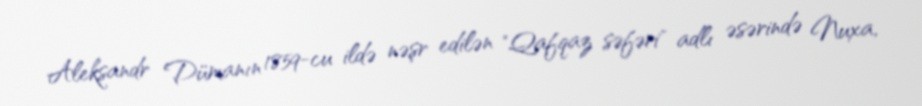
Aleksandr Dümanın 1859-cu ildə nəşr edilən "Qafqaz səfəri" adlı əsərində Nuxa,